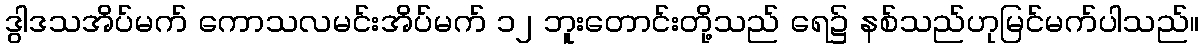
ဒွါဒသအိပ်မက် ကောသလမင်းအိပ်မက် ၁၂ ဘူးတောင်းတို့သည် ရေ၌ နစ်သည်ဟုမြင်မက်ပါသည်။